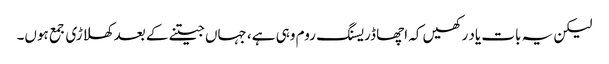
لیکن یہ بات یاد رکھیں کہ اچھا ڈریسنگ روم وہی ہے، جہاں جیتنے کے بعد کھلاڑی جمع ہوں۔